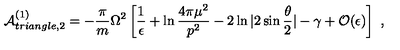
{ \cal A } _ { t r i a n g l e , 2 } ^ { ( 1 ) } = - { \frac { \pi } { m } } \Omega ^ { 2 } \left[ { \frac { 1 } { \epsilon } } + \ln { \frac { 4 \pi \mu ^ { 2 } } { p ^ { 2 } } } - 2 \ln | 2 \sin { \frac { \theta } { 2 } } | - \gamma + { \cal O } ( \epsilon ) \right] \ ,